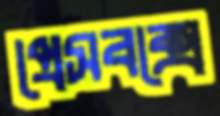
প্রেসবক্সে